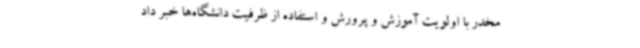
مخدر با اولویت آموزش و پرورش و استفاده از ظرفیت دانشگاه‌ها خبر داد